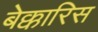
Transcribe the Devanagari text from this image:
बेक्कारिस